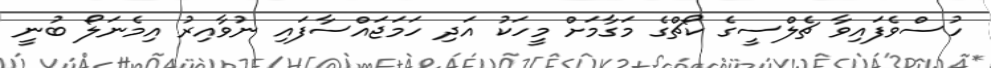
ހުސްވެފައިވާ ޗެލްސީގެ ކޯޗްގެ މަގާމަށް މީހަކު އަދި ހަމަޖައްސާފައި ނުވާއިރު އިމެނަލޯ ބުނީ